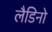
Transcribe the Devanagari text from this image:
लैडिनो